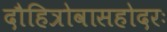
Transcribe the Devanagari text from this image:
दौहित्रोवासहोदरः